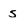
Character: s